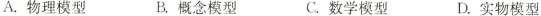
A.物理模型 B.概念模型 C.数学模型 D.实物模型